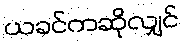
ယခင်ကဆိုလျှင်